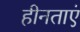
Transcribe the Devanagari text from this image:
हीनताएं